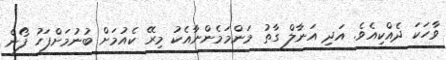
ވާހަކަ ދެއްކިއެވެ. އަދި އަނާލް ގާތު މަންމަމެންނާއެކު މިރޭ ކެއުމަށް ބުނުމަށްފަހު ފޯން